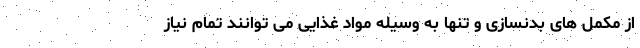
از مکمل های بدنسازی و تنها به وسیله مواد غذایی می توانند تمام نیاز